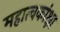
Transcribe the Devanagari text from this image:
महात्वकांक्षा